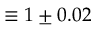
\equiv 1 \pm 0 . 0 2